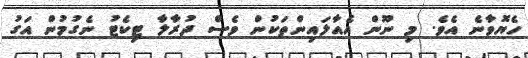
ހެޔޮވާނެ އެވެ. މި ނޫން އެއާލައިންތަކުން ވެސް ދުރާލާ ޓިކެޓު ނެގުމުން އަގު